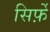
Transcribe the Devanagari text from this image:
सिर्फ़े